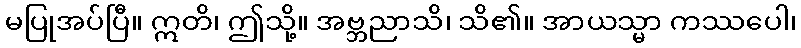
မပြုအပ်ပြီ။ ဣတိ၊ ဤသို့။ အဗ္ဘညာသိ၊ သိ၏။ အာယသ္မာ ကဿပေါ၊